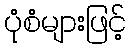
ပုံစံများဖြင့်